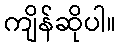
ကျိန်ဆိုပါ။